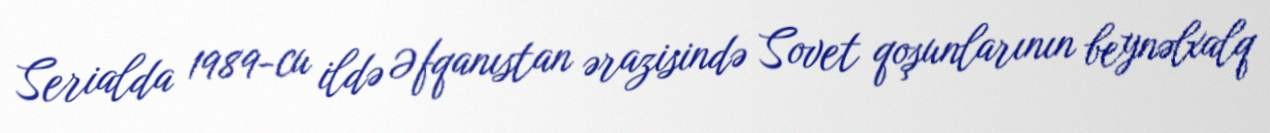
Serialda 1989-cu ildə Əfqanıstan ərazisində Sovet qoşunlarının beynəlxalq